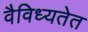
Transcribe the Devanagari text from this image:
वैविध्यतेत